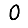
Digit: 0